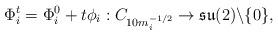
LaTeX: \begin{align*}\Phi^t_i = \Phi^0_i + t \phi_i: C_{10m_i^{-1/2}} \rightarrow \mathfrak{su}(2) \backslash \lbrace 0 \rbrace,\end{align*}